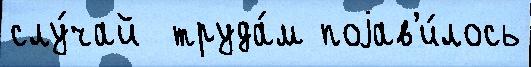
слу́чай  труда́м поjав'и́лось